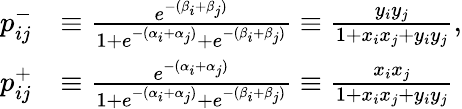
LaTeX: \begin{array}{rl}{p_{ij}^{-}}&{\equiv\frac{e^{-(\beta_{i}+\beta_{j})}}{1+e^{-(\alpha_{i}+\alpha_{j})}+e^{-(\beta_{i}+\beta_{j})}}\equiv\frac{y_{i}y_{j}}{1+x_{i}x_{j}+y_{i}y_{j}},}\\ {p_{ij}^{+}}&{\equiv\frac{e^{-(\alpha_{i}+\alpha_{j})}}{1+e^{-(\alpha_{i}+\alpha_{j})}+e^{-(\beta_{i}+\beta_{j})}}\equiv\frac{x_{i}x_{j}}{1+x_{i}x_{j}+y_{i}y_{j}}}\end{array}